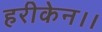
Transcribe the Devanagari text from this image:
हरीकेन।।